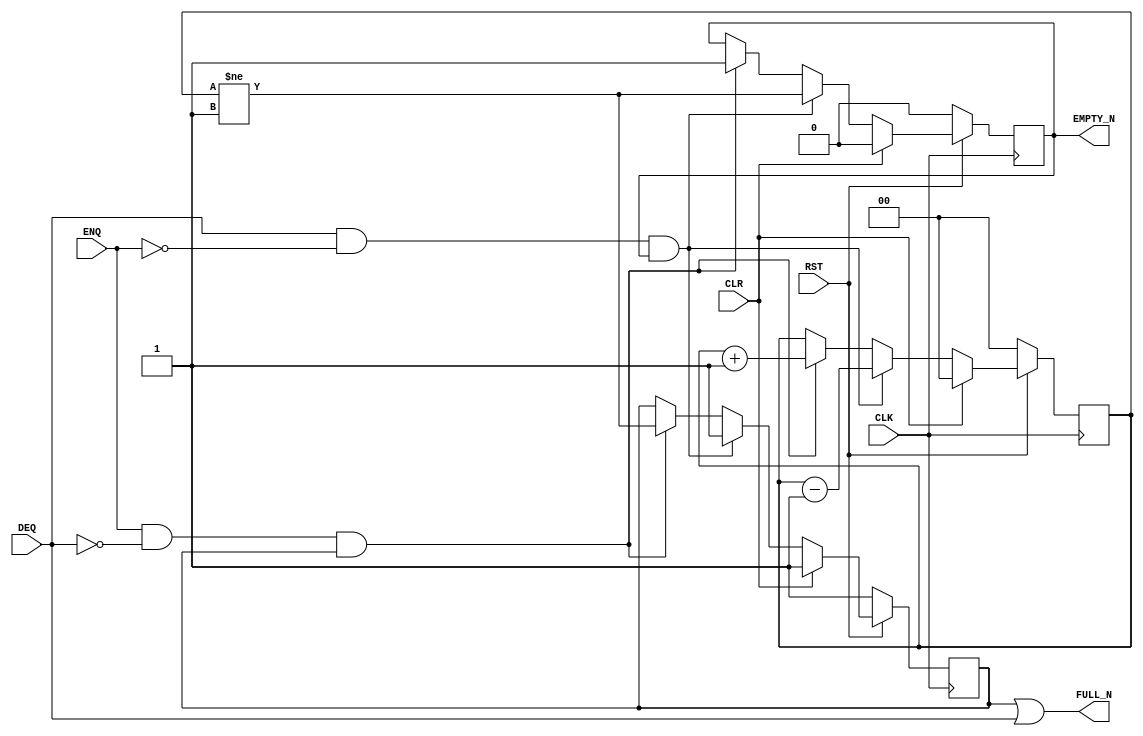

`ifdef BSV_ASSIGNMENT_DELAY
`else
  `define BSV_ASSIGNMENT_DELAY
`endif

`ifdef BSV_POSITIVE_RESET
  `define BSV_RESET_VALUE 1'b1
  `define BSV_RESET_EDGE posedge
`else
  `define BSV_RESET_VALUE 1'b0
  `define BSV_RESET_EDGE negedge
`endif

`ifdef BSV_ASYNC_RESET
 `define BSV_ARESET_EDGE_META or `BSV_RESET_EDGE RST
`else
 `define BSV_ARESET_EDGE_META
`endif



// Depth N "loopy" FIFO (N > 1)
module SizedFIFOL0(CLK, RST, ENQ, FULL_N, DEQ, EMPTY_N, CLR);
   parameter p1depth = 2;
   parameter p2cntr_width = 2; // log2(p1depth+1)

   localparam truedepth = (p1depth >= 2) ? p1depth : 2;

   input     CLK;
   input     RST;
   input     CLR;
   input     ENQ;
   input     DEQ;
   output    FULL_N;
   output    EMPTY_N;

   reg       not_full;
   reg       not_empty;
   reg [p2cntr_width-1 : 0] count;

   assign                 EMPTY_N = not_empty;
   assign                 FULL_N = not_full || DEQ;

`ifdef BSV_NO_INITIAL_BLOCKS
`else // not BSV_NO_INITIAL_BLOCKS
   // synopsys translate_off
   initial
     begin
        count      = 0 ;
        not_empty  = 1'b0;
        not_full   = 1'b1;
     end // initial begin
   // synopsys translate_on
`endif // BSV_NO_INITIAL_BLOCKS


   always @(posedge CLK `BSV_ARESET_EDGE_META)
     begin
        if (RST == `BSV_RESET_VALUE)
        begin
           count <= `BSV_ASSIGNMENT_DELAY 0 ;
           not_empty <= `BSV_ASSIGNMENT_DELAY 1'b0;
           not_full <= `BSV_ASSIGNMENT_DELAY 1'b1;
        end // if (RST == `BSV_RESET_VALUE)
        else
          begin
             if (CLR)
               begin
                  count <= `BSV_ASSIGNMENT_DELAY 0 ;
                  not_empty <= `BSV_ASSIGNMENT_DELAY 1'b0;
                  not_full <= `BSV_ASSIGNMENT_DELAY 1'b1;
               end // if (CLR)
             else begin
                if (DEQ && ! ENQ && not_empty )
                  begin
                     not_full <= `BSV_ASSIGNMENT_DELAY 1'b1;
                     not_empty <= `BSV_ASSIGNMENT_DELAY  count != 'b01  ;
                     count <= `BSV_ASSIGNMENT_DELAY count - 1'b1 ;
                  end // if (DEQ && ! ENQ && not_empty )
                else if (ENQ && ! DEQ && not_full )
                  begin
                     not_empty <= `BSV_ASSIGNMENT_DELAY 1'b1;
                     not_full <= `BSV_ASSIGNMENT_DELAY count != (truedepth - 1) ;
                     count <= `BSV_ASSIGNMENT_DELAY count + 1'b1 ;
                  end // if (ENQ && ! DEQ && not_full )
             end // else: !if(CLR)
          end // else: !if(RST == `BSV_RESET_VALUE)
     end // always @ (posedge CLK or `BSV_RESET_EDGE RST)

   // synopsys translate_off
   always@(posedge CLK)
     begin: error_checks
        reg deqerror, enqerror ;

        deqerror =  0;
        enqerror = 0;
        if (RST == ! `BSV_RESET_VALUE)
           begin
              if ( ! EMPTY_N && DEQ )
                begin
                   deqerror = 1 ;
                   $display( "Warning: SizedFIFOL0: %m -- Dequeuing from empty fifo" ) ;
                end
              if ( ! FULL_N && ENQ )
                begin
                   enqerror =  1 ;
                   $display( "Warning: SizedFIFOL0: %m -- Enqueuing to a full fifo" ) ;
                end
           end // if (RST == ! `BSV_RESET_VALUE)
     end // block: error_checks
   // synopsys translate_on

endmodule // SizedFIFOL0